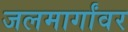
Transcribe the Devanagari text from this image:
जलमार्गांवर